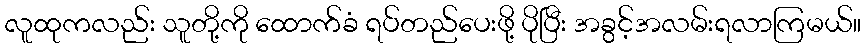
လူထုကလည်း သူတို့ကို ထောက်ခံ ရပ်တည်ပေးဖို့ ပိုပြီး အခွင့်အလမ်းရလာကြမယ်။